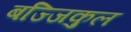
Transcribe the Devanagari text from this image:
बज्जिकुल